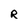
Character: R